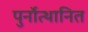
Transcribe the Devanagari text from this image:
पुर्नोत्थानित